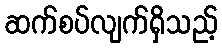
ဆက်စပ်လျက်ရှိသည့်